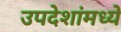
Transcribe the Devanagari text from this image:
उपदेशांमध्ये